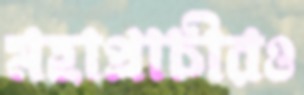
মহাপ্রাচীরও